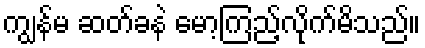
ကျွန်မ ဆတ်ခနဲ မော့ကြည့်လိုက်မိသည်။